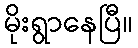
မိုးရွာနေပြီ။